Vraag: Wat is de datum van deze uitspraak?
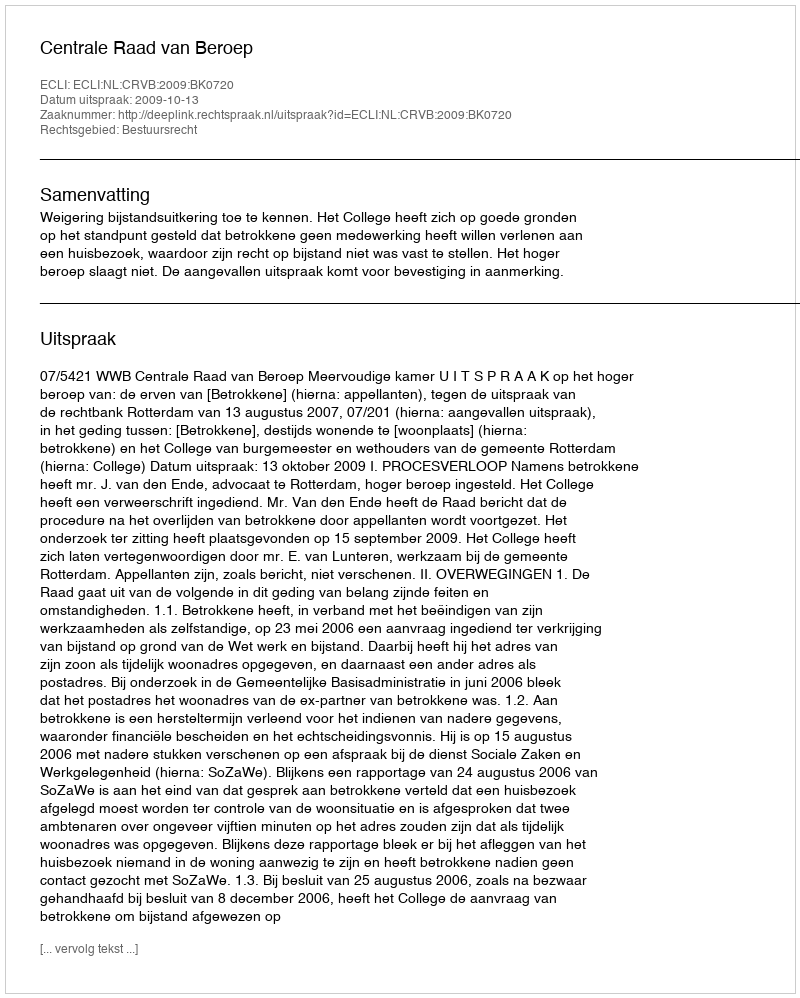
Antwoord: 2009-10-13